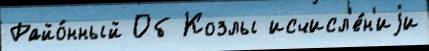
Райо́нный Об Козлы исчисл'е́н'иjи